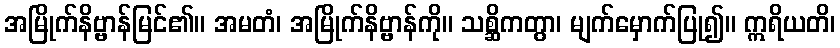
အမြိုက်နိဗ္ဗာန်မြင်၏။ အမတံ၊ အမြိုက်နိဗ္ဗာန်ကို။ သစ္ဆိကတွာ၊ မျက်မှောက်ပြု၍။ ဣရိယတိ၊